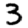
Digit: 3